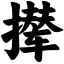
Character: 撵